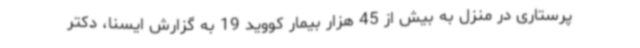
پرستاری در منزل به بیش از 45 هزار بیمار کووید 19 به گزارش ایسنا، دکتر